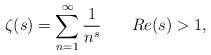
\begin{align*}\zeta(s)=\sum_{n=1}^{\infty}\frac{1}{n^{s}}\,\,\,\,\,\,\,\,\,\,\, Re(s)>1,\end{align*}